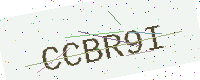
Text: CCBR9I